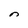
Character: n